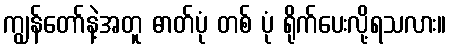
ကျွန်တော်နဲ့အတူ ဓာတ်ပုံ တစ် ပုံ ရိုက်ပေးလို့ရသလား။